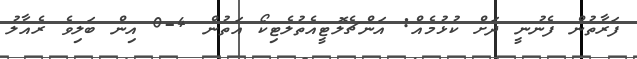
ފަރާތުން ފެނުނީ ދަށް ކުޅުމެއް: އަންޗެލޮޓީއެތުލެޓިކޯ އަތުން 4-0 އިން ބަލިވެ ރެއާލު